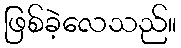
ဖြစ်ခဲ့လေသည်။